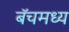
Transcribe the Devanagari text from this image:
बॅचमध्य